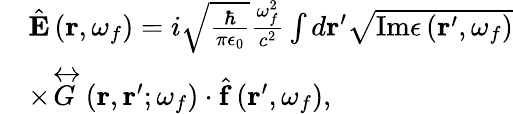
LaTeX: \begin{array}{rl}&{\hat{\mathbf{E}}\left(\mathbf{r},\omega_{f}\right)=i\sqrt{\frac{\hbar}{\pi\epsilon_{0}}}\frac{\omega_{f}^{2}}{c^{2}}\int d\mathbf{r}^{\prime}\sqrt{\mathrm{Im}\epsilon\left(\mathbf{r}^{\prime},\omega_{f}\right)}}\\ &{\times\overleftrightarrow{G}\left(\mathbf{r},\mathbf{r}^{\prime};\omega_{f}\right)\cdot\hat{\mathbf{f}}\left(\mathbf{r}^{\prime},\omega_{f}\right),}\end{array}